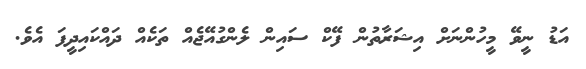
އަޑު ނީވޭ މީހުންނަށް އިޝަރާތުން ފޭކް ސައިން ލެންގުއޭޖެއް ތަކެއް ދައްކައިދީފަ އެވެ.